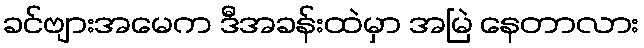
ခင်ဗျားအမေက ဒီအခန်းထဲမှာ အမြဲ နေတာလား